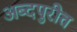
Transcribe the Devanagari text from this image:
अब्दपुरीत